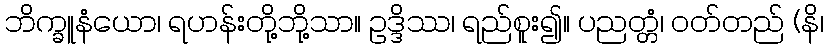
ဘိက္ခူနံယော၊ ရဟန်းတို့ဘို့သာ။ ဥဒ္ဒိဿ၊ ရည်စူး၍။ ပညတ္တံ၊ ဝတ်တည် (နိ၊